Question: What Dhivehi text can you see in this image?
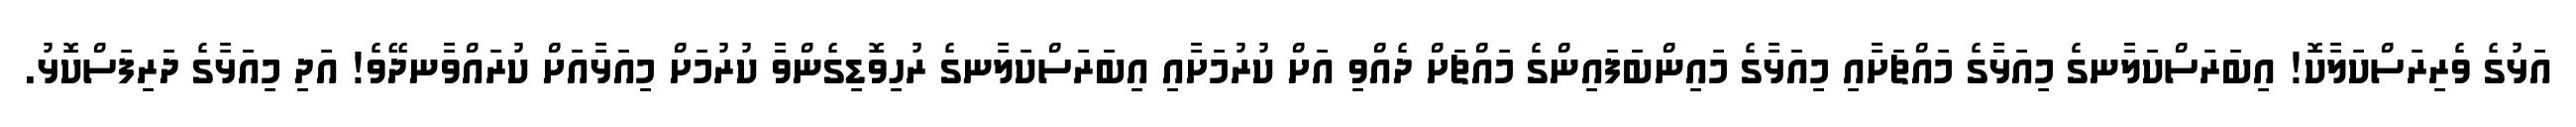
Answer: އަޅުގެ ވެރިރަސްކަލާކޮ! އިބަރަސްކަލާނގެ މިއަޅާގެ މައްޗަށާއި މިއަޅާގެ މައިންބަފައިންގެ މައްޗަށް ދެއްވި އަށް ކުރުމަށާއި އިބަރަސްކަލާނގެ ރުހިވޮޑިގެންވާ ކުރުމަށް މިއަޅާއަށް ކުރައްވާނދޭވެ! އަދި މިއަޅާގެ ދަރިފަސްކޮޅު.